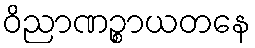
ဝိညာဏဉ္စာယတနေ